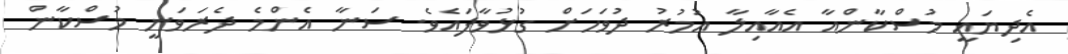
އެދިޔައީ މުސްކާންއާ އެއާއިލާ އުމުރު ދުވަހަށް ގުޅުވާފައެވެ. ސަނާ އެންމެ ދެރަވަނީ މުސްކާން